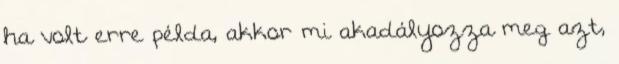
ha volt erre példa, akkor mi akadályozza meg azt,